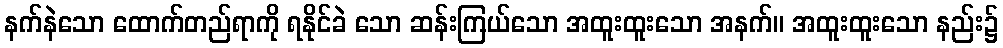
နက်နဲသော ထောက်တည်ရာကို ရနိုင်ခဲ သော ဆန်းကြယ်သော အထူးထူးသော အနက်။ အထူးထူးသော နည်း၌